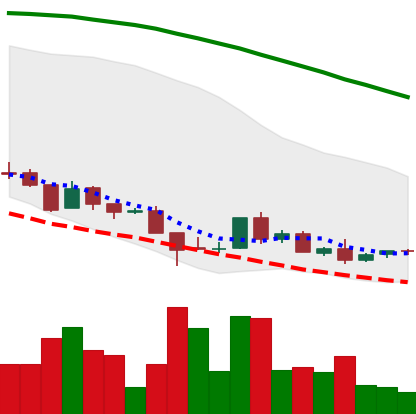
Ticker: ADA-USD
Chart end date: 2018-08-25
Forward return: 6.659%
Label: up_5_7